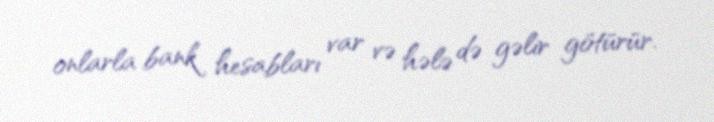
onlarla bank hesabları var və hələ də gəlir götürür.